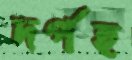
দর্পহ